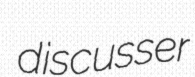
discusser